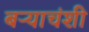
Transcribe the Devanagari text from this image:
बऱ्याचंशी